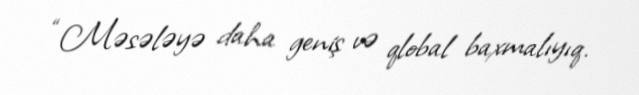
“Məsələyə daha geniş və qlobal baxmalıyıq.